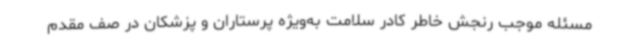
مسئله موجب رنجش خاطر کادر سلامت به‌ویژه پرستاران و پزشکان در صف مقدم